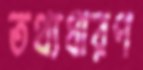
তথ্যধারণ